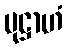
ပုဋ္ဌာဟံ